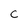
Character: c